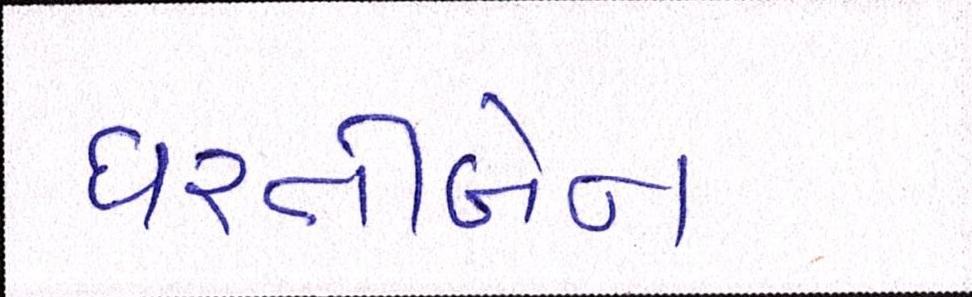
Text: ધરતીબેન